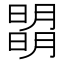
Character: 𣊧